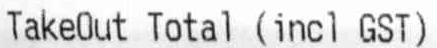
TAKEOUT TOTAL (INCL GST)